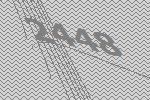
2448